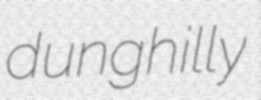
dunghilly